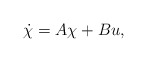
\begin{align*}\dot{\chi}=A\chi+Bu,\end{align*}